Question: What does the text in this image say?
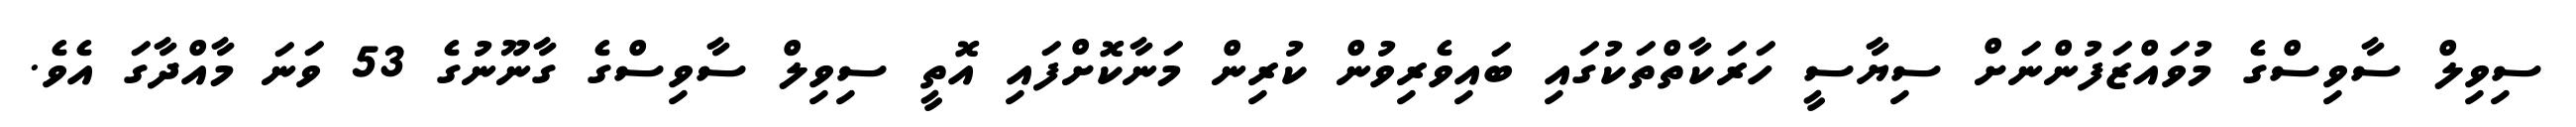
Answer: ސިވިލް ސާވިސްގެ މުވައްޒަފުންނަށް ސިޔާސީ ހަރަކާތްތަކުގައި ބައިވެރިވުން ކުރިން މަނާކޮށްފައި އޮތީ ސިވިލް ސާވިސްގެ ގާނޫނުގެ 53 ވަނަ މާއްދާގަ އެވެ.